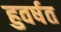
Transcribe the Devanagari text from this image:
हुवर्षत